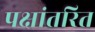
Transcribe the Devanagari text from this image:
पक्षांतरित